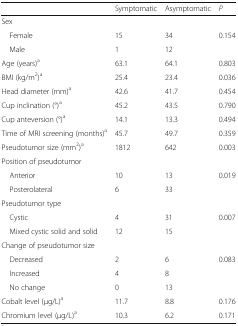
<table><thead><tr><td></td><td><b>Symptomatic</b></td><td><b>Asymptomatic</b></td><td><b><i>P</i></b></td></tr></thead><tbody><tr><td colspan="4">Sex</td></tr><tr><td> Female</td><td>15</td><td>34</td><td rowspan="2">0.154</td></tr><tr><td> Male</td><td>1</td><td>12</td></tr><tr><td>Age (years)<sup>a</sup></td><td>63.1</td><td>64.1</td><td>0.803</td></tr><tr><td>BMI (kg/m<sup>2</sup>)<sup>a</sup></td><td>25.4</td><td>23.4</td><td>0.036</td></tr><tr><td>Head diameter (mm)<sup>a</sup></td><td>42.6</td><td>41.7</td><td>0.454</td></tr><tr><td>Cup inclination (°)<sup>a</sup></td><td>45.2</td><td>43.5</td><td>0.790</td></tr><tr><td>Cup anteversion (°)<sup>a</sup></td><td>14.1</td><td>13.3</td><td>0.494</td></tr><tr><td>Time of MRI screening (months)<sup>a</sup></td><td>45.7</td><td>49.7</td><td>0.359</td></tr><tr><td>Pseudotumor size (mm<sup>2</sup>)<sup>a</sup></td><td>1812</td><td>642</td><td>0.003</td></tr><tr><td colspan="4">Position of pseudotumor</td></tr><tr><td> Anterior</td><td>10</td><td>13</td><td rowspan="2">0.019</td></tr><tr><td> Posterolateral</td><td>6</td><td>33</td></tr><tr><td colspan="4">Pseudotumor type</td></tr><tr><td> Cystic</td><td>4</td><td>31</td><td rowspan="2">0.007</td></tr><tr><td> Mixed cystic solid and solid</td><td>12</td><td>15</td></tr><tr><td colspan="4">Change of pseudotumor size</td></tr><tr><td> Decreased</td><td>2</td><td>6</td><td rowspan="3">0.083</td></tr><tr><td> Increased</td><td>4</td><td>8</td></tr><tr><td> No change</td><td>0</td><td>13</td></tr><tr><td>Cobalt level (μg/L)<sup>a</sup></td><td>11.7</td><td>8.8</td><td>0.176</td></tr><tr><td>Chromium level (μg/L)<sup>a</sup></td><td>10.3</td><td>6.2</td><td>0.171</td></tr></tbody></table>